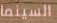
السينما